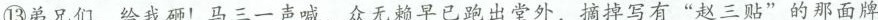
⑬弟兄们，给我砸！马三一声喊，众无赖早已跑出受外，摘掉写有“赵三帖”的那面牌